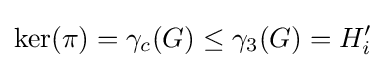
\ker(\pi )=\gamma _{c}(G)\leq \gamma _{3}(G)=H_{i}'